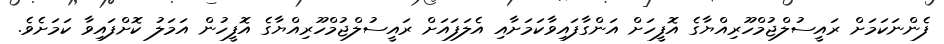
ފެންނަކަމަށް ރައީސުލްޖުމްހޫރިއްޔާގެ އޮފީހަށް އަންގާފައިވާކަމަށާއި އެލަފައަށް ރައީސުލްޖުމްހޫރިއްޔާގެ އޮފީހުން އަމަލު ކޮށްފައިވާ ކަމަށެވެ.